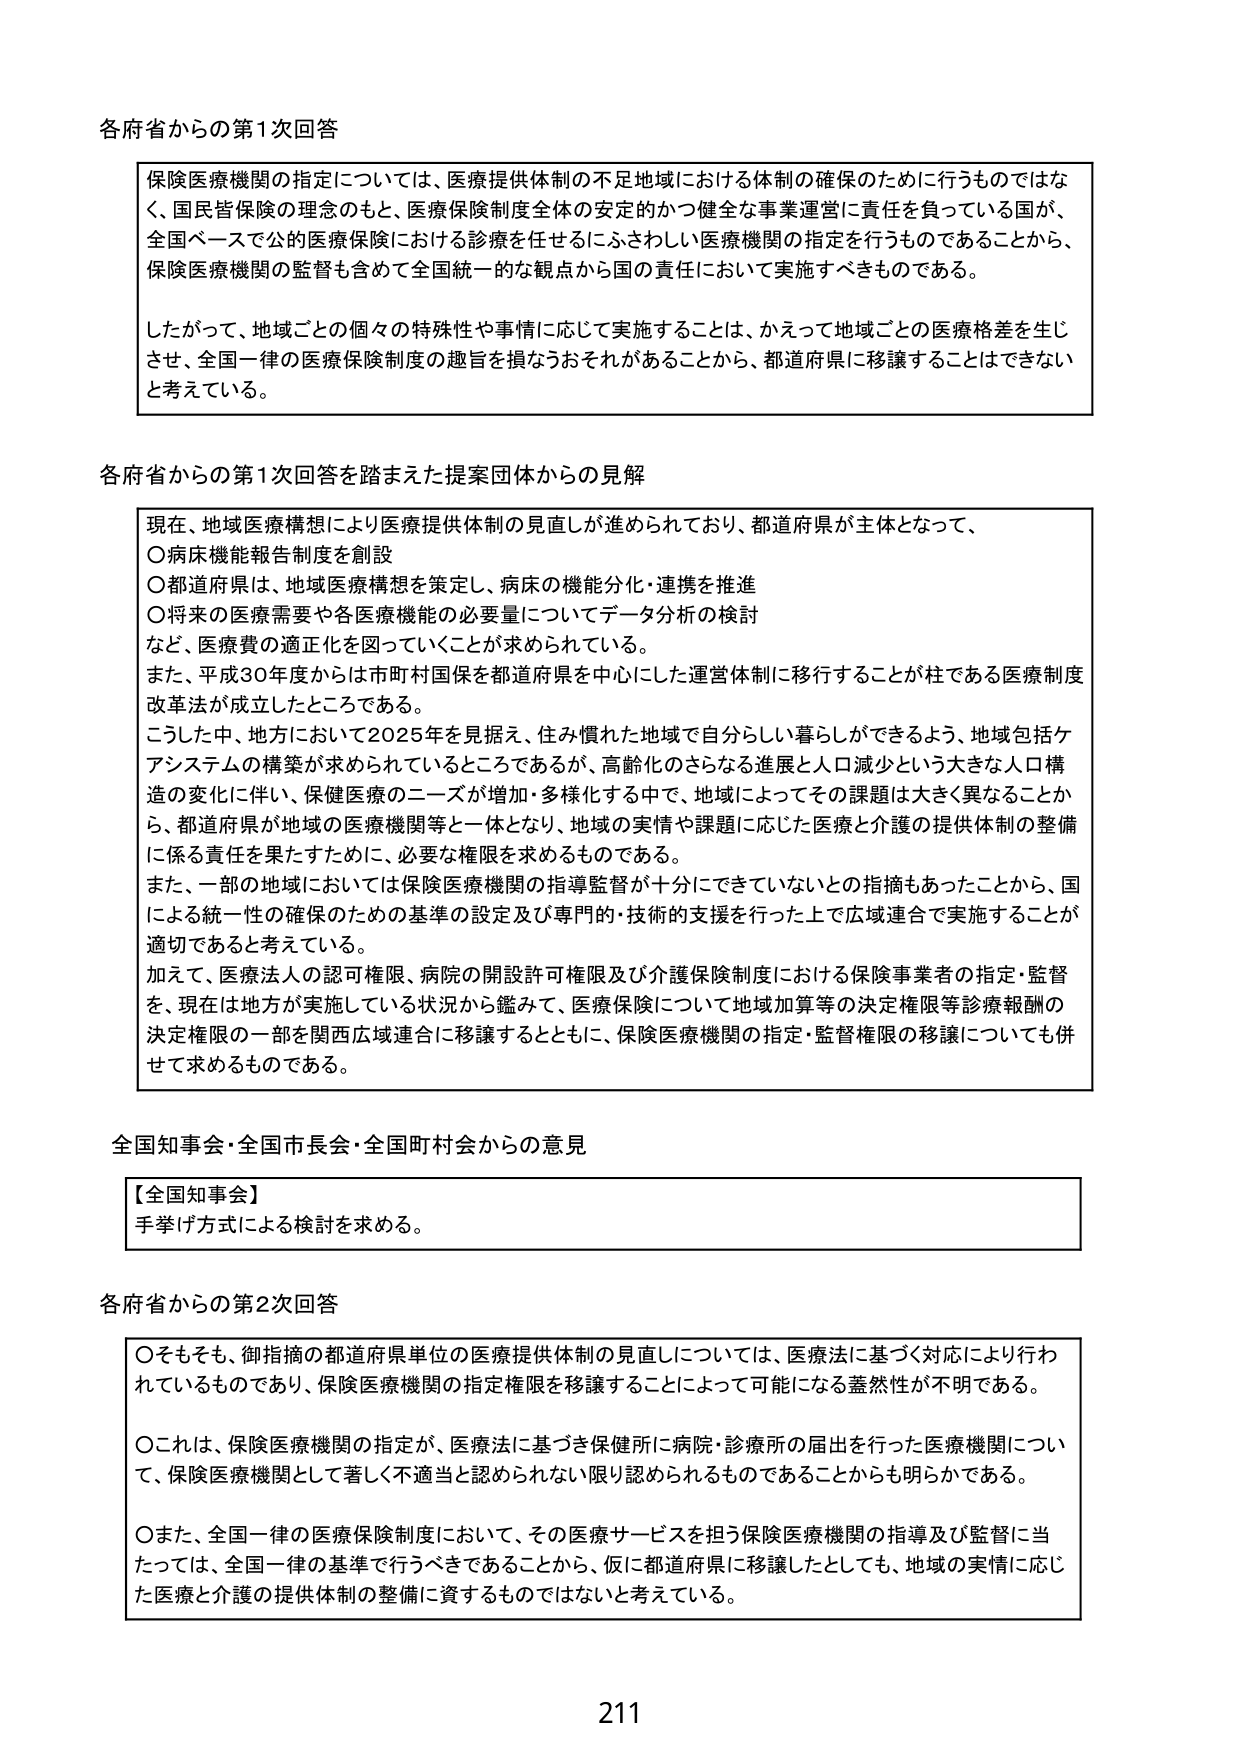
各府省からの第1次回答

保険医療機関の指定については、医療提供体制の不足地域における体制の確保のために行うものではなく、国民皆保険の理念のもと、医療保険制度全体の安定的かつ健全な事業運営に責任を負っている国が、全国ベースで公的医療保険における診療を任せるにふさわしい医療機関の指定を行うものであることから、保険医療機関の監督も含めて全国統一的な観点から国の責任において実施すべきものである。

したがって、地域ごとの個々の特殊性や事情に応じて実施することは、かえって地域ごとの医療格差を生じさせ、全国一律の医療保険制度の趣旨を損なうおそれがあることから、都道府県に移譲することはできないと考えている。

各府省からの第1次回答を踏まえた提案団体からの見解

現在、地域医療構想により医療提供体制の見直しが進められており、都道府県が主体となって、
〇病床機能報告制度を創設
〇都道府県は、地域医療構想を策定し、病床の機能分化・連携を推進
〇将来の医療需要や各医療機能の必要量についてデータ分析の検討
など、医療費の適正化を図っていくことが求められている。
また、平成30年度からは市町村国保を都道府県を中心とした運営体制に移行することが柱である医療制度改革法が成立したところである。
こうした中、地方において2025年を見据え、住み慣れた地域で自分らしい暮らしができるよう、地域包括ケアシステムの構築が求められているところであるが、高齢化のさらなる進展と人口減少という大きな人口構造の変化に伴い、保健医療のニーズが増加・多様化する中で、地域によってその課題は大きく異なることから、都道府県が地域の医療機関等と一体となり、地域の実情や課題に応じた医療と介護の提供体制の整備に係る責任を果たすために、必要な権限を求めるものである。
また、一部の地域においては保険医療機関の指導監督が十分にできていないとの指摘もあったことから、国による統一性の確保のための基準の設定及び専門的・技術的支援を行った上で広域連合で実施することが適切であると考えている。
加えて、医療法人の認可権限、病院の開設許可権限及び介護保険制度における保険事業者の指定・監督を、現在は地方が実施している状況から鑑みて、医療保険について地域加算等の決定権限等診療報酬の決定権限の一部を関西広域連合に移譲するとともに、保険医療機関の指定・監督権限の移譲についても併せて求めるものである。

全国知事会・全国市長会・全国町村会からの意見

【全国知事会】
手挙げ方式による検討を求める。

各府省からの第2次回答

〇そもそも、御指摘の都道府県単位の医療提供体制の見直しについては、医療法に基づく対応により行われているものであり、保険医療機関の指定権限を移譲することによって可能になる蓋然性が不明である。

〇これは、保険医療機関の指定が、医療法に基づき保健所に病院・診療所の届出を行った医療機関について、保険医療機関として著しく不適当と認められない限り認められるものであることからも明らかである。

〇また、全国一律の医療保険制度において、その医療サービスを担う保険医療機関の指導及び監督に当たっては、全国一律の基準で行うべきであることから、仮に都道府県に移譲したとしても、地域の実情に応じた医療と介護の提供体制の整備に資するものではないと考えている。

211